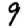
Digit: 9